Vaccination in Bombay 1869-1873 - 1869-1873
Year: 1869
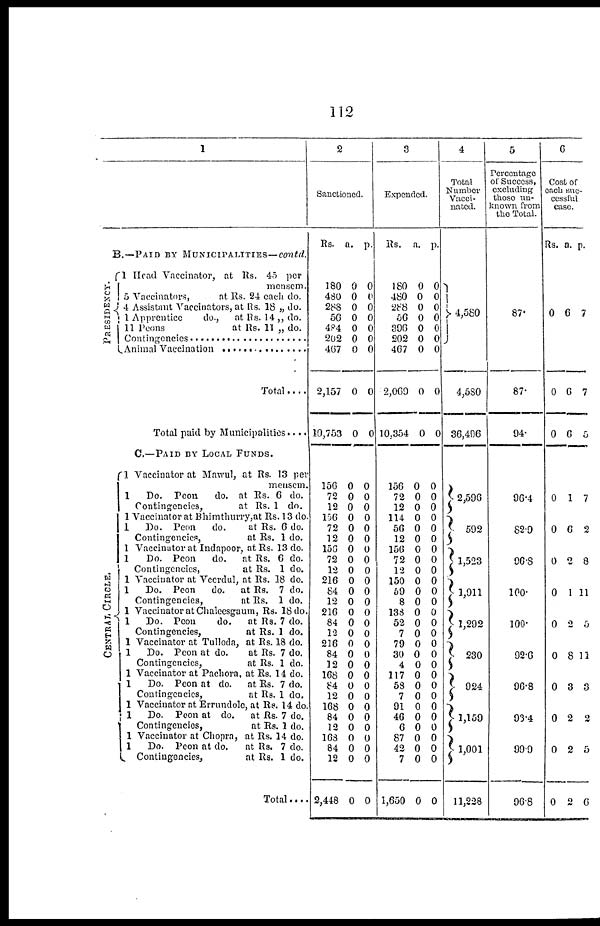
112
1
B.—PAID BY MUNICIPALITIES—contd.
PRESIDENCY.
CENTRAL CIRCLE.
1 Head Vaccinator, at Rs. 45 per
mensem.
5 Vaccinators,
at Rs. 24 each do.
4 Assistant Vaccinators, at Rs. 18 „ do.
1 Apprentice
do.,
at Rs. 14 „ do.
11 Peons
at Rs. 11 „ do.
Contingencies ........................
Animal Vaccination ........................
Total ....
Total paid by Municipalities....
C.—PAID BY LOCAL FUNDS.
1 Vaccinator at Mawul, at Rs. 13 per
mensem
1
Do. Peon
do. at Rs. 6 do.
Contingencies,
at Rs. 1 do.
1 Vaccinator at Bhimthury,at Rs. 13 do
1
Do. Peon
do.
at Rs. 6 do.
Contingencies,
at Rs. 1 do.
1 Vaccinator at Indapoor, at Rs. 13 do.
1
Do. Peon
do.
at Rs. 6 do.
Contingencies,
at Rs. 1 do.
1 Vaccinator at Veerdul, at Rs. 18 do.
1
Do. Peon
do.
at Rs. 7 do.
Contingencies,
at Rs. 1 do.
1 Vaccinator at Chaleesgaum, Rs. 18 do.
1
Do. Peon
do.
at Rs. 7 do.
Contingencies,
at Rs. 1 do.
1 Vaccinator at Tulloda, at Rs. 18 do.
1
Do. Peon at do.
at Rs. 7 do.
Contingencies,
at Rs. 1 do.
1 Vaccinator at Pachora, at Rs. 14 do.
1
Do. Peon at do.
at Rs. 7 do.
Contingencies,
at Rs. 1 do.
1 Vaccinator at Errundole, at Rs. 14 do.
1
Do. Peon at do.
at Rs. 7 do.
Contingencies,
at Rs. 1 do.
1 Vaccinator at Chopra, at Rs. 14 do.
1
Do. Peon at do.
at Rs. 7 do.
Contingencies,
at Rs. 1 do.
Total....
2
Sanctioned.
Rs. a. p.
180
480
288
56
4P4
202
467
2,157
10,753
0
0
0
0
0
0
0
0
0
0
0
0
0
0
0
0
0
0
156
72
12
156
72
12
156
72
12
216
84
12
216
84
12
216
84
12
168
84
12
168
84
12
168
84
12
2,448
0
0
0
0
0
0
0
0
0
0
0
0
0
0
0
0
0
0
0
0
0
0
0
0
0
0
0
0
0
0
0
0
0
0
0
0
0
0
0
0
0
0
0
0
0
0
0
0
0
0
0
0
0
0
0
0
3
Expended.
Rs.
a. p.
180
480
288
56
300
202
467
2,069
10,354
0
0
0
0
0
0
0
0
0
0
0
0
0
0
0
0
0
0
156
72
12
114
56
12
156
72
12
150
59
8
133
52
7
79
30
4
117
58
7
91
46
6
87
42
7
1,650
0
0
0
0
0
0
0
0
0
0
0
0
0
0
0
0
0
0
0
0
0
0
0
0
0
0
0
0
0
0
0
0
0
0
0
0
0
0
0
0
0
0
0
0
0
0
0
0
0
0
0
0
0
0
0
0
4
Total
Number
Vacci-
nated.
4,580
4,580
36,496
2,596
592
1,523
1,911
1,292
230
924
1,159
1,001
11,228
5
Percentage
of Success,
excluding
those un-
known from
the Total.
87.
87.
94.
96.4
82.9
96.8
100.
100.
92.6
96.8
93.4
99.9
96.8
6
Cost of
each suc¬
ccssful
case.
Rs. a. p.
0
0
0
6
6
6
7
7
5
0
0
0
0
0
0
0
0
0
0
1
6
2
1
2
8
3
2
2
2
7
2
8
11
5
11
3
2
5
6